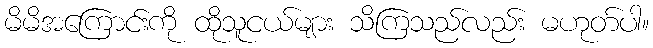
မိမိအကြောင်းကို ထိုသူငယ်များ သိကြသည်လည်း မဟုတ်ပါ။